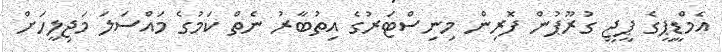
އެމްޑީޕީގެ ޕީޖީ ގުރޫޕުން ފޮރިން މިނިސްޓަރުގެ އިތުބާރު ނެތް ކަމުގެ މައްސަލަ މަޖިލީހަށް